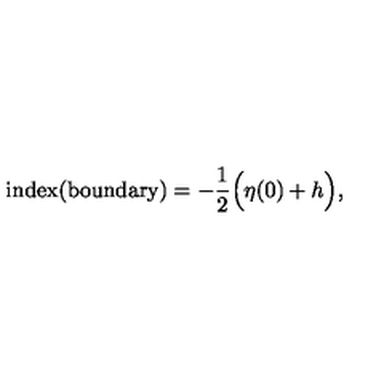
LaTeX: \mathrm { i n d e x ( b o u n d a r y ) } = - \frac { 1 } { 2 } \Big ( \eta ( 0 ) + h \Big ) ,